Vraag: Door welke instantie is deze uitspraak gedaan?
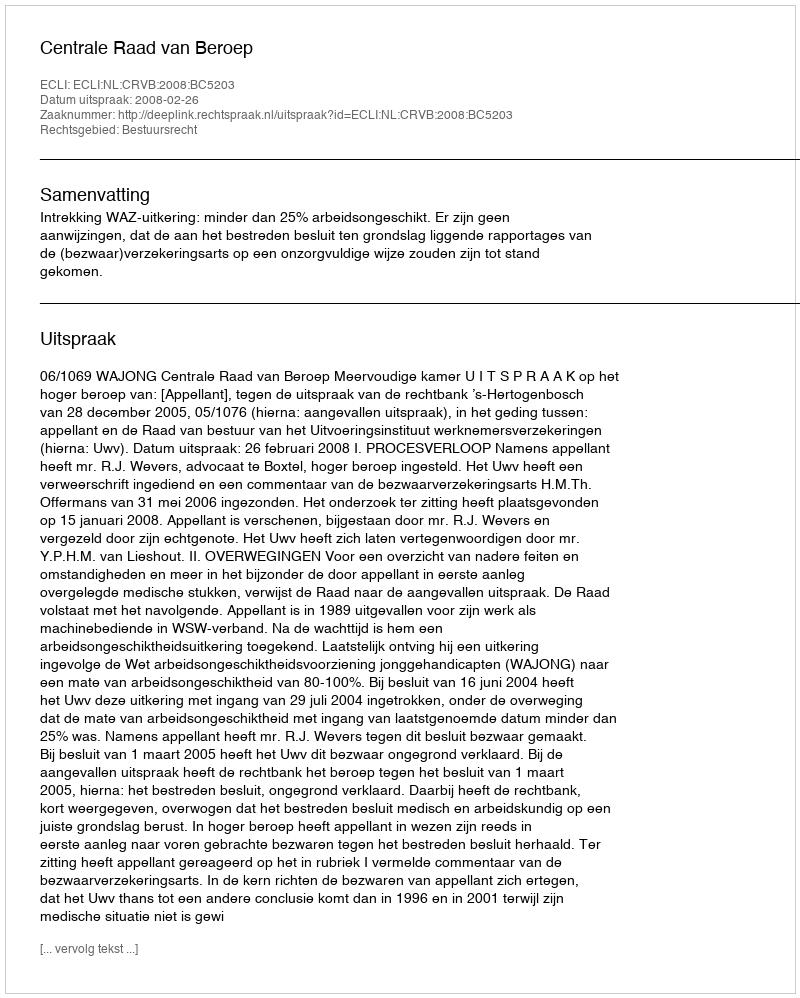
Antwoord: Centrale Raad van Beroep